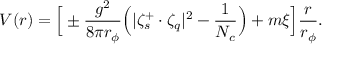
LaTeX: V ( r ) = \Big [ \pm \frac { g ^ { 2 } } { 8 \pi r _ { \phi } } \Big ( | \zeta _ { s } ^ { + } \cdot \zeta _ { q } | ^ { 2 } - \frac { 1 } { N _ { c } } \Big ) + m \xi \Big ] \frac { r } { r _ { \phi } } .